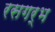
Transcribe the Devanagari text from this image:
रसगर्भ